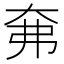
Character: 㚕